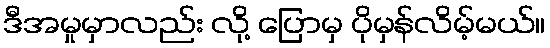
ဒီအမှုမှာလည်း လို့ ပြောမှ ပိုမှန်လိမ့်မယ်။